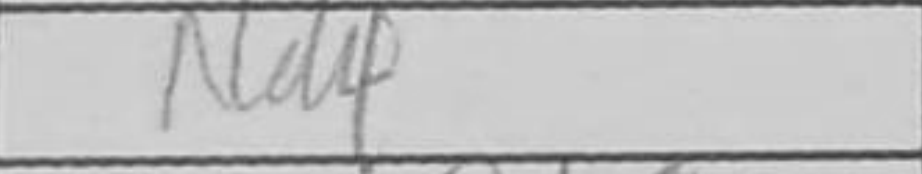
Transcription: Na4